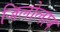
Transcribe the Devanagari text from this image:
जिलोलाव